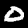
Digit: 0